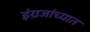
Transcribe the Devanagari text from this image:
इंग्रजांच्यात